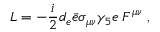
{ \cal { L } } = - { \frac { i } { 2 } } d _ { e } \bar { e } \sigma _ { \mu \nu } \gamma _ { 5 } e \; F ^ { \mu \nu } \; ,